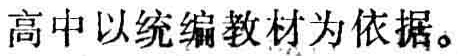
高中以统编教材为依据。